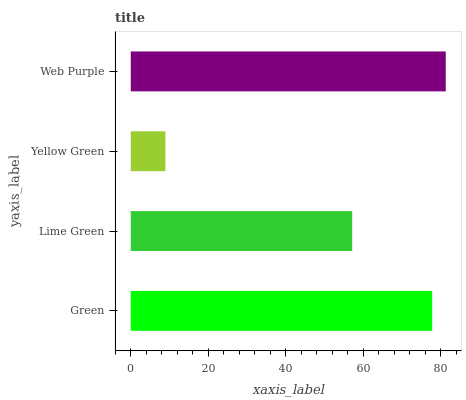
| yaxis_label | bars |
 | --- | --- |
 | Green | 77.8 |
 | Lime Green | 57.2 |
 | Yellow Green | 8.95 |
 | Web Purple | 81.3 |